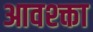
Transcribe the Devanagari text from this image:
आवश्क्ता